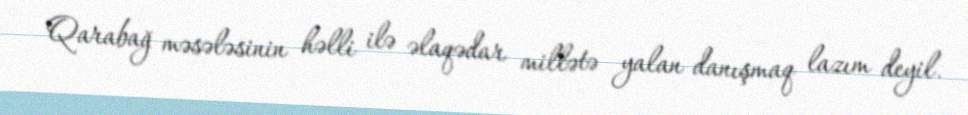
Qarabağ məsələsinin həlli ilə əlaqədar millətə yalan danışmaq lazım deyil.